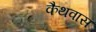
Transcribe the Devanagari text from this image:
कैथवास